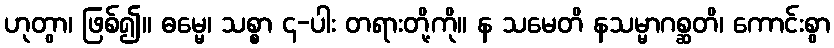
ဟုတွာ၊ ဖြစ်၍။ ဓမ္မေ၊ သစ္စာ ၄-ပါး တရားတို့ကို။ န သမေတိ နသမ္မာဂစ္ဆတိ၊ ကောင်းစွာ